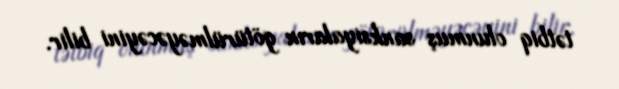
tətbiq olunmuş sanksiyaların götürülməyəcəyini bilir.